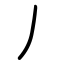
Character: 丿